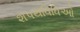
શપથવિધિઓ